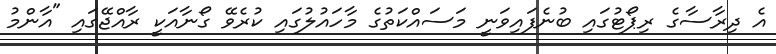
އެ ދިރާސާގެ ރިޕޯޓުގައި ބުނެފައިވަނީ މަސައްކަތުގެ މާހައުލުގައި ކުރެވޭ ގޯނާއަކީ ރާއްޖޭގައި "އާންމު